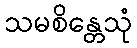
သမစိန္တေသုံ